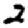
Digit: 2